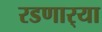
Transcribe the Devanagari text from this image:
रडणार्‍या